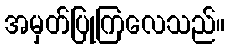
အမှတ်ပြုကြလေသည်။